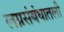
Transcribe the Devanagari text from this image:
लग्नसंबंधातली